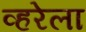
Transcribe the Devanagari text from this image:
व्हरेला